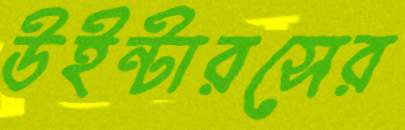
উইন্টারসের